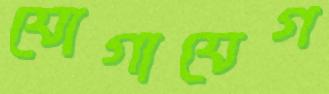
যোগাযেগ